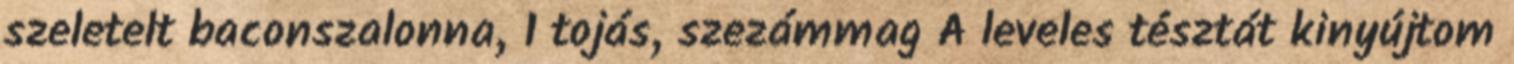
szeletelt baconszalonna, 1 tojás, szezámmag A leveles tésztát kinyújtom